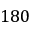
1 8 0